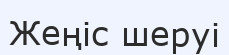
Жеңіс шеруі